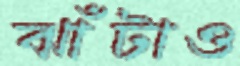
ঝাঁটাও